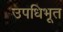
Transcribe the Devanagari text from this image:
उपधिभूत